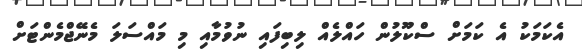
އެކަމަކު އެ ކަމަށް ސްކޫލުން ހައްލެއް ލިބިފައި ނުވުމާއި މި މައްސަލަ މެނޭޖްމެންޓަށް